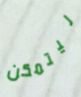
ليتمكن